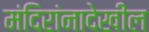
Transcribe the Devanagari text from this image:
मंदिरांनादेखील